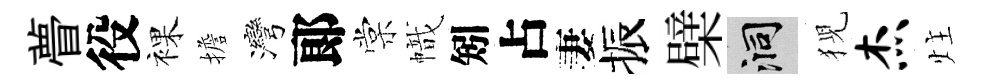
瞢役裸擔灣郞棠幟矧占妻振檗洞猊杰炷